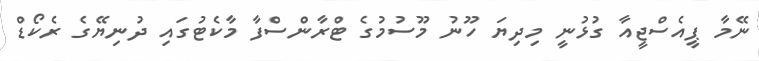
ނޭމާ ޕީއެސްޖީއާ ގުޅުނީ މިދިޔަ ހޫނު މޫސުމުގެ ޓްރާންސްފާ މާކެޓުގައި ދުނިޔޭގެ ރެކޯޑް